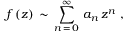
f \, ( z ) \, \sim \, \sum _ { n \, = \, 0 } ^ { \infty } \, a _ { n } \, z ^ { n } \, \, ,